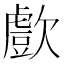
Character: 㱆